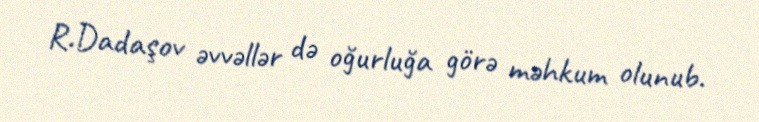
R.Dadaşov əvvəllər də oğurluğa görə məhkum olunub.